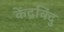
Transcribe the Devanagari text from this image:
केंद्रविंदु